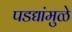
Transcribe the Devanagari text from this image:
पडद्यांमुळे